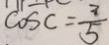
\cos C = \frac { 3 } { 5 }